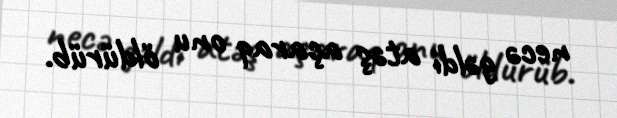
necə gəldi atəş açaraq onu öldürüb.